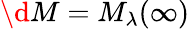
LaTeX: \d M=M_{\lambda}(\infty)